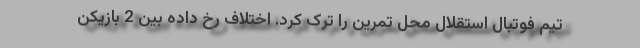
تیم فوتبال استقلال محل تمرین را ترک کرد. اختلاف رخ داده بین 2 بازیکن